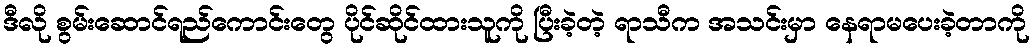
ဒီလို စွမ်းဆောင်ရည်ကောင်းတွေ ပိုင်ဆိုင်ထားသူကို ပြီးခဲ့တဲ့ ရာသီက အသင်းမှာ နေရာမပေးခဲ့တာကို